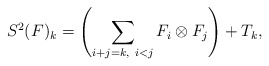
\begin{align*}S^2(F)_k=\left( \sum_{i+j=k, \ i<j} F_i \otimes F_j \right) + T_k,\end{align*}